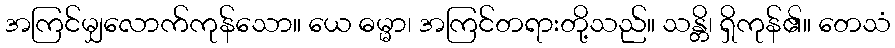
အကြင်မျှလောက်ကုန်သော။ ယေ ဓမ္မာ၊ အကြင်တရားတို့သည်။ သန္တိ၊ ရှိကုန်၏။ တေသံ